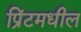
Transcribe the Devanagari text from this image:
प्रिंटमधील